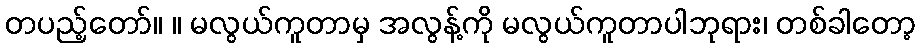
တပည့်တော်။ ။ မလွယ်ကူတာမှ အလွန့်ကို မလွယ်ကူတာပါဘုရား၊ တစ်ခါတော့